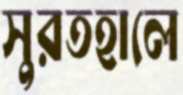
সুরতহালে